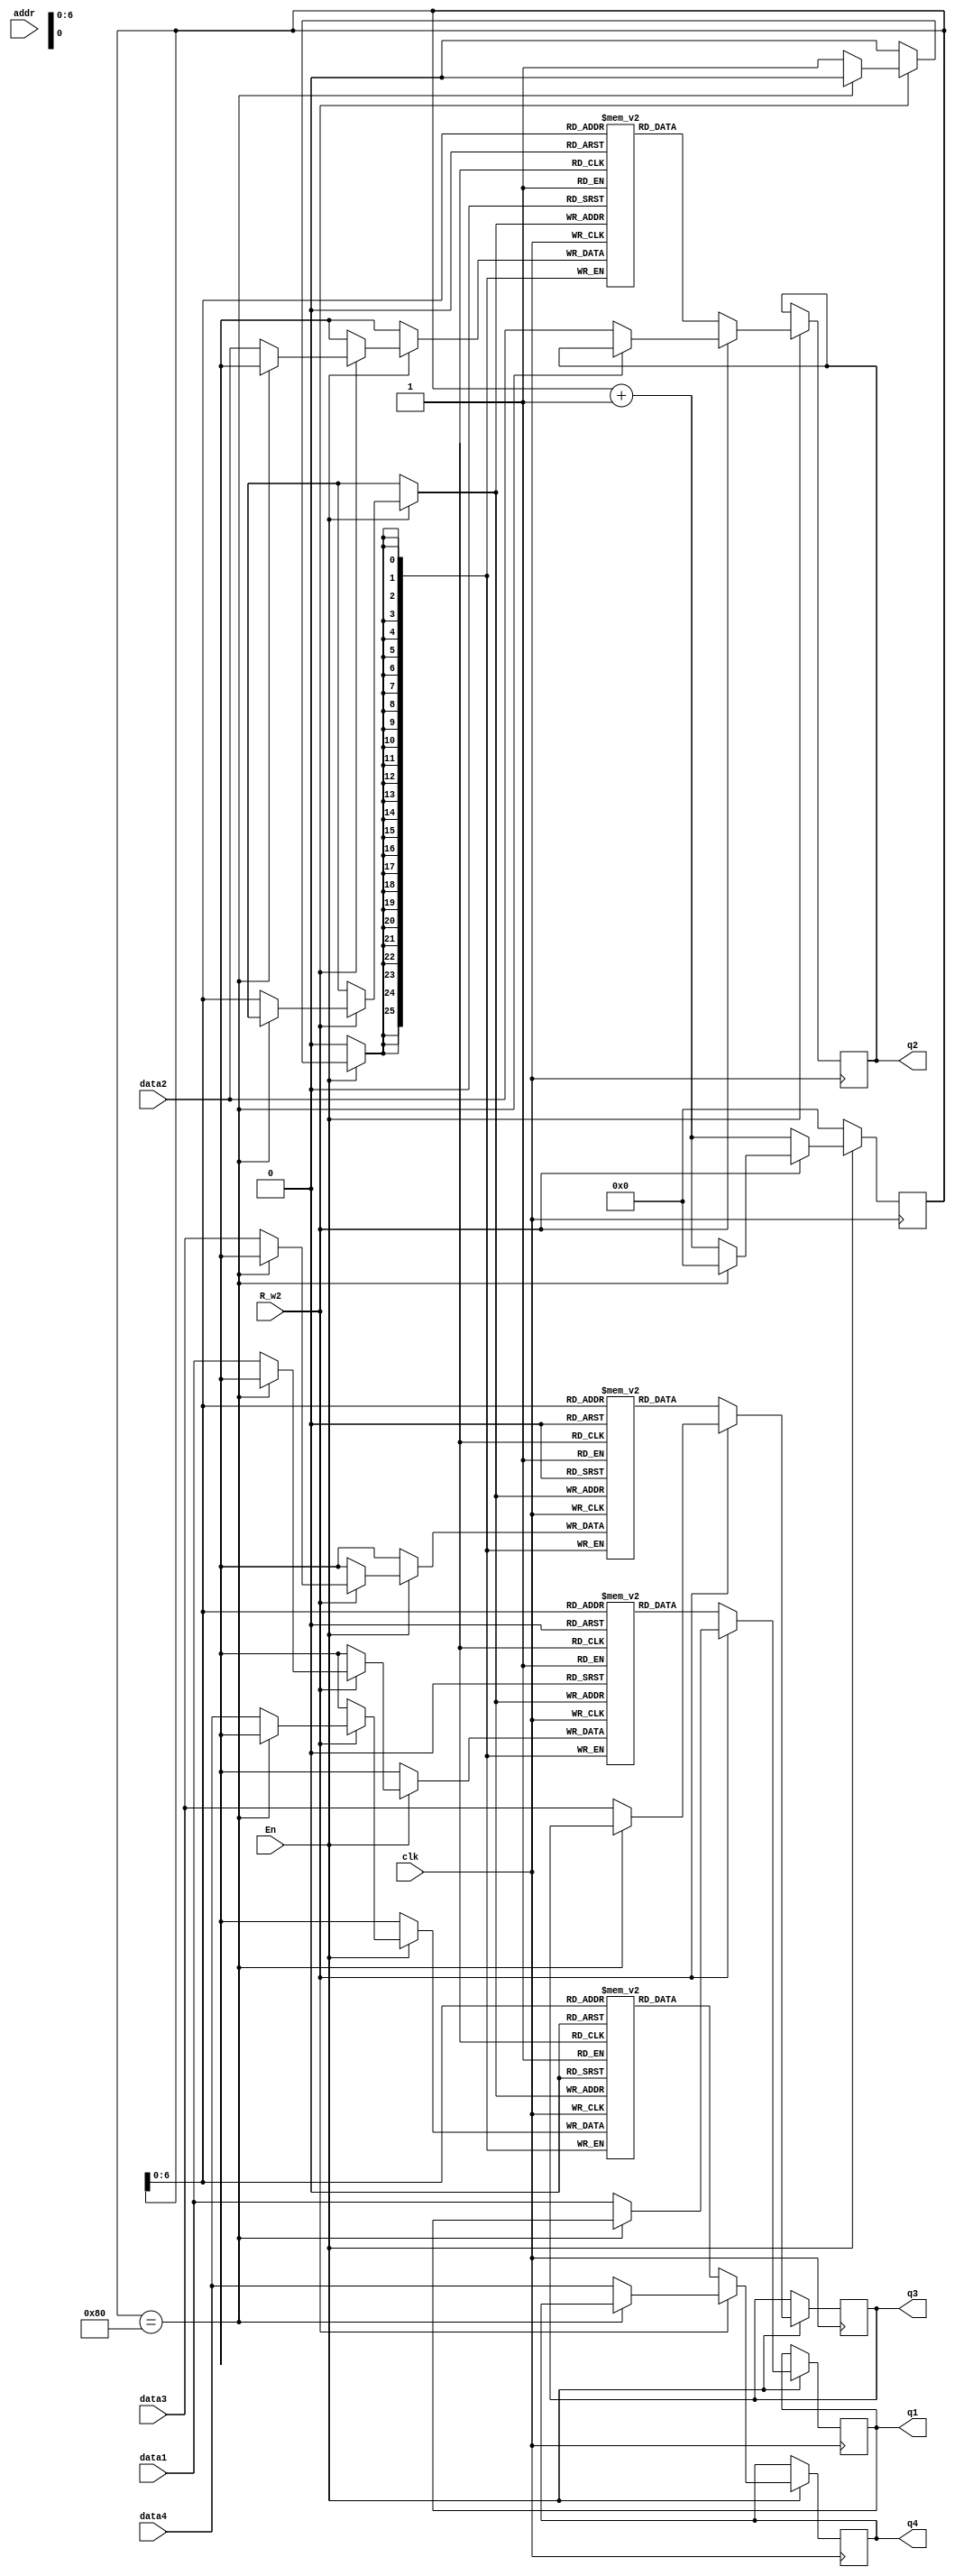
module RAM2(
    input wire clk,
    input wire En,
    input wire R_w2,
    input wire [13:0] addr,
    input wire signed [25:0] data1,
    input wire signed [25:0] data2,
    input wire signed [25:0] data3,
    input wire signed [25:0] data4,
    output reg signed [25:0] q1, 
    output reg signed [25:0] q2,
    output reg signed [25:0] q3,
    output reg signed [25:0] q4
);

reg signed [25:0] RAM_Z1[0:127];
reg signed [25:0] RAM_Z2[0:127];
reg signed [25:0] RAM_Z3[0:127];
reg signed [25:0] RAM_Z4[0:127];
reg [7:0]cnt;
//R_w1? 1??
always @ (posedge clk)
begin
    if (En)  begin
        if (R_w2) begin
            if(cnt==8'd128) begin
                cnt<=1'b0;
            end
            else begin
                /* create file of Z_DATA
                if(cnt == 127) begin
                    $writememh("INPUT1.txt",RAM_Z1);
                    $writememh("INPUT2.txt",RAM_Z2);
                    $writememh("INPUT3.txt",RAM_Z3);
                    $writememh("INPUT4.txt",RAM_Z4);
                end
                */
                RAM_Z1[cnt] <= data1;
                RAM_Z2[cnt] <= data2;
                RAM_Z3[cnt] <= data3;
                RAM_Z4[cnt] <= data4;
                q1 <= data1; 
                q2 <= data2;
                q3 <= data3;
                q4 <= data4;
                cnt<=cnt+1'b1;
            end
        end 
        else begin
            if(cnt==8'd128) begin
                cnt<=0;
            end
            q1 <= RAM_Z1[cnt]; 
            q2 <= RAM_Z2[cnt];
            q3 <= RAM_Z3[cnt];
            q4 <= RAM_Z4[cnt];
            cnt<=cnt+1'b1;
        end
    end
    else begin
         cnt<=1'b0;
    end
end
endmodule